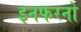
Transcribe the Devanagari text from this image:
इनफरनो